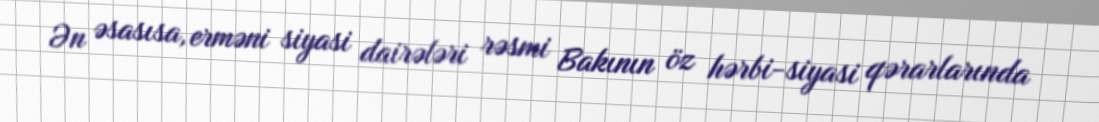
Ən əsasısa, erməni siyasi dairələri rəsmi Bakının öz hərbi-siyasi qərarlarında